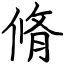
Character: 脩